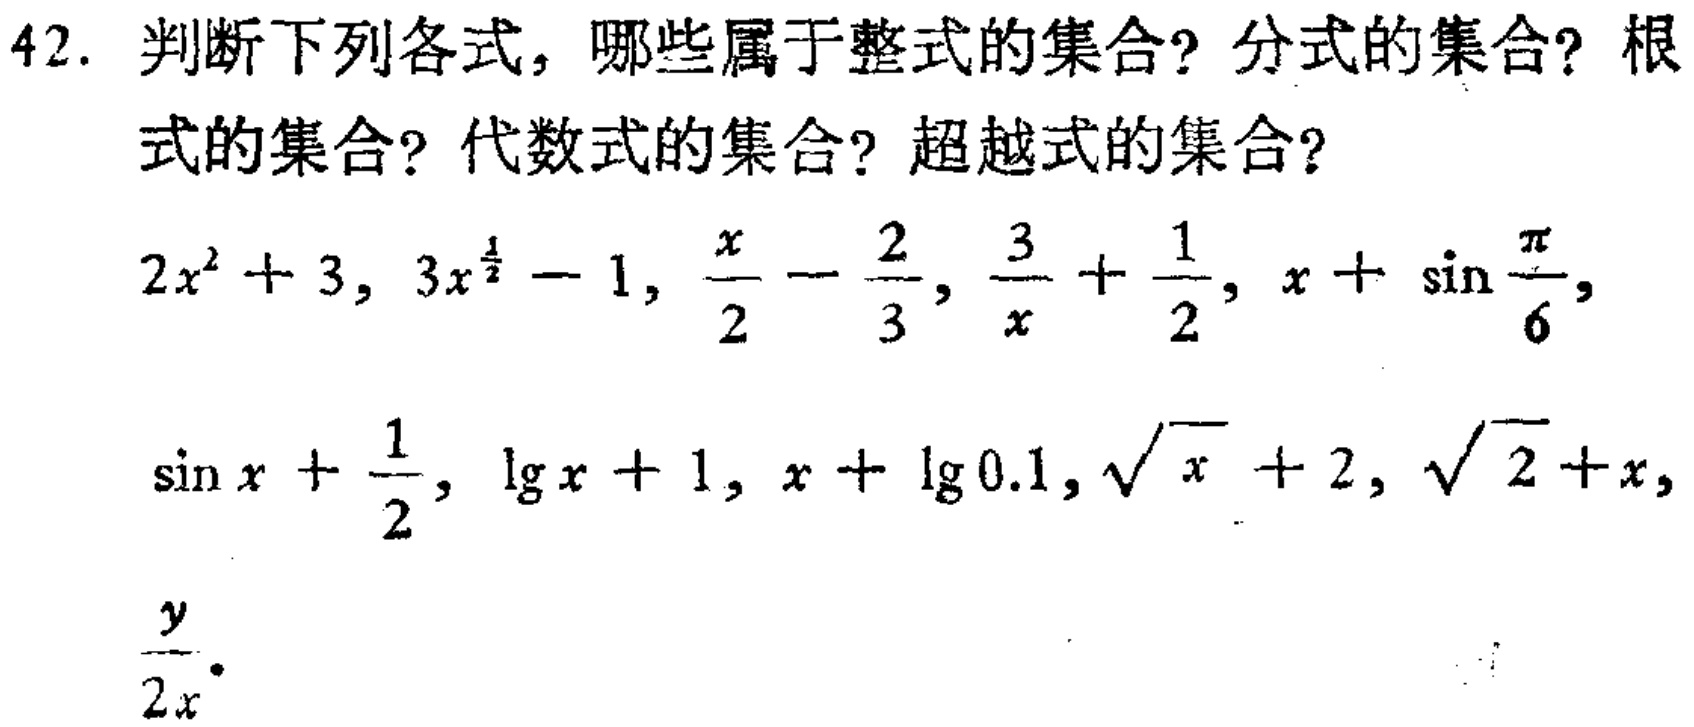
42. 判断下列各式，哪些属于整式的集合？分式的集合？根式的集合？代数式的集合？超越式的集合？
\(2x^{2}+3,3x^{\frac{1}{2}} - 1,\frac{x}{2}-\frac{2}{3},\frac{3}{x}+\frac{1}{2},x+\sin\frac{\pi}{6},\)
\(\sin x+\frac{1}{2},\lg x + 1,x+\lg 0.1,\sqrt{x}+2,\sqrt{2}+x,\)
\(\frac{y}{2x}\)